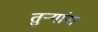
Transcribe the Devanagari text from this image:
तुऱ्यांना